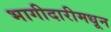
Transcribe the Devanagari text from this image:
भागीदारीमधून